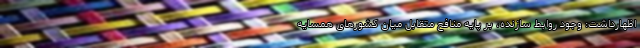
اظهارداشت: وجود روابط سازنده، بر پایه منافع متقابل میان کشورهای همسایه